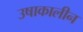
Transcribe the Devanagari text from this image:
उषाकालीन